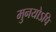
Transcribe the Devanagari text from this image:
मुनयोऽपि